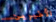
الأخيرين